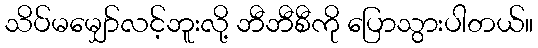
သိပ်မမျှော်လင့်ဘူးလို့ ဘီဘီစီကို ပြောသွားပါတယ်။